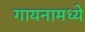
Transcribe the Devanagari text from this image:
गायनामध्ये